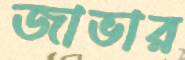
জাভার